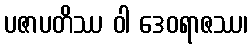
ပဇာပတိဿ ဝါ ဒေဝရာဇဿ၊